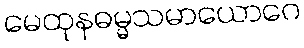
မေထုနဓမ္မသမာယောဂေ